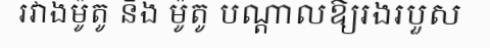
រវាងម៉ូតូ និង ម៉ូតូ បណ្តាលឱ្យរងរបួស